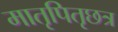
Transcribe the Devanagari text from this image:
मातृपितृछत्र